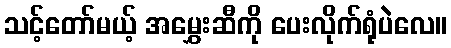
သင့်တော်မယ့် အမွှေးဆီကို ပေးလိုက်ရုံပဲလေ။